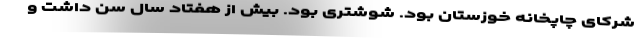
شرکای چاپخانه خوزستان بود. شوشتری بود. بیش از هفتاد سال سن داشت و